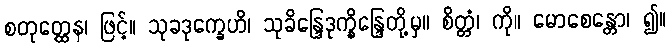
စတုတ္ထေန၊ ဖြင့်။ သုခဒုက္ခေဟိ၊ သုခိန္ဒြေဒုက္ခိန္ဒြေတို့မှ။ စိတ္တံ၊ ကို။ မောစေန္တော၊ ၍။